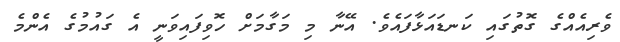
ވެރިއެއްގެ ގޮތުގައި ކަނޑައަޅާފައެވެ. އޭނާ މި މަގާމަށް ހޮވިފައިވަނީ އެ ގައުމުގެ އެންމެ